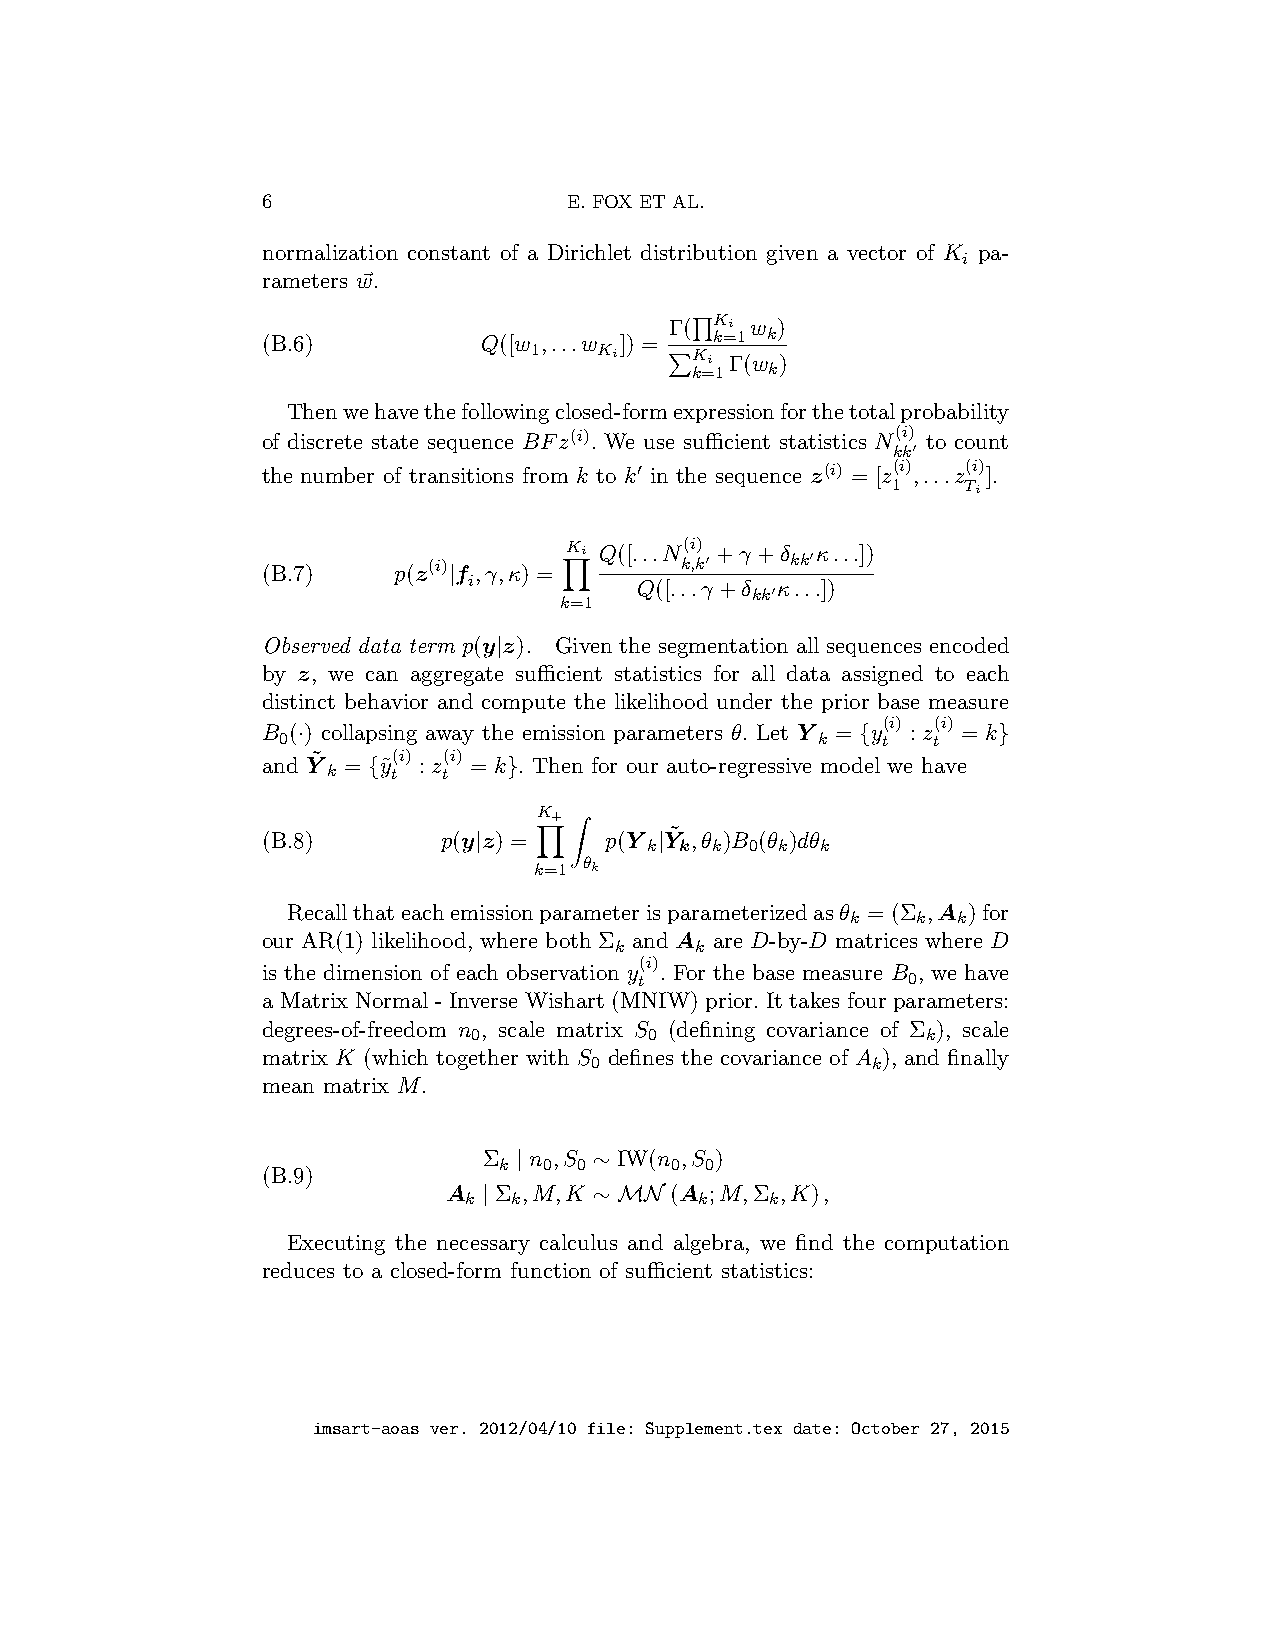
6                    E. FOX ET AL.
 normalization constant of a Dirichlet distribution given a vector of K pa-
 i
 rameters w~.
 Γ( Ki w )
 (B.6)          Q([w ,...w ]) = k=1 k
 1    Ki    Ki Γ(w )
 kQ=1 k
 Thenwehavethefollowingclosed-formPexpressionforthetotalprobability
 of discrete state sequence BFz(i). We use sufficient statistics N(i) to count
 kk′
 the number of transitions from k to k′ in the sequence z(i) = [z(i) ,...z(i) ].
 1    Ti
 Ki Q([...N(i) +γ +δ κ...])
 (B.7)    p(z(i)|f ,γ,κ) =   k,k′   kk′
 i          Q([...γ +δ κ...])
 kk′
 k=1
 Y
 Observed data term p(y|z). Given the segmentation all sequences encoded
 by z, we can aggregate sufficient statistics for all data assigned to each
 distinct behavior and compute the likelihood under the prior base measure
 (i) (i)
 B (·) collapsing away the emission parameters θ. Let Y = {y : z = k}
 0                                   k   t   t
 and Y˜ = {y˜(i) : z(i) = k}. Then for our auto-regressive model we have
 k   t  t
 K+
 (B.8)       p(y|z) =   p(Y k|Y˜ k,θ k)B 0(θ k)dθ
 k
 k=1Zθk
 Y
 Recallthateachemissionparameterisparameterizedasθ = (Σ ,A )for
 k    k k
 our AR(1) likelihood, where both Σ and A are D-by-D matrices where D
 k    k
 (i)
 is the dimension of each observation y . For the base measure B , we have
 t                 0
 a Matrix Normal - Inverse Wishart (MNIW) prior. It takes four parameters:
 degrees-of-freedom n , scale matrix S (defining covariance of Σ ), scale
 0           0                 k
 matrix K (which together with S defines the covariance of A ), and finally
 0                  k
 mean matrix M.
 Σ | n ,S ∼ IW(n ,S )
 k  0 0     0  0
 (B.9)
 A  | Σ ,M,K ∼ MN (A ;M,Σ ,K),
 k  k           k    k
 Executing the necessary calculus and algebra, we find the computation
 reduces to a closed-form function of sufficient statistics:
 imsart-aoas ver. 2012/04/10 file: Supplement.tex date: October 27, 2015